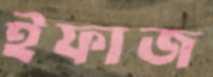
ইফাজ